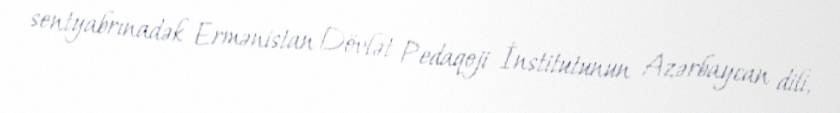
sentyabrınadək Ermənistan Dövlət Pedaqoji İnstitutunun Azərbaycan dili,